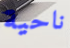
ناحية